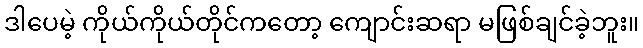
ဒါပေမဲ့ ကိုယ်ကိုယ်တိုင်ကတော့ ကျောင်းဆရာ မဖြစ်ချင်ခဲ့ဘူး။